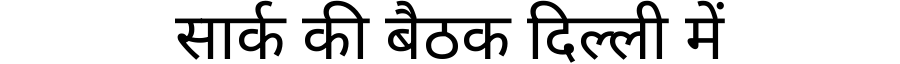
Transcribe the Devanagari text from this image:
सार्क की बैठक दिल्ली में